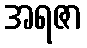
အရဇာ